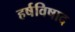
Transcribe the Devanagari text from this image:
हर्षविषाद